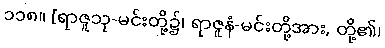
၁၁၈။ [ရာဇူသု-မင်းတို့၌၊ ရာဇူနံ-မင်းတို့အား, တို့၏၊